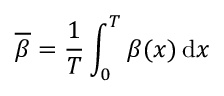
\overline { { \beta } } = \frac { 1 } { T } \int _ { 0 } ^ { T } \beta ( x ) \mathop { } \! \mathrm { d } x